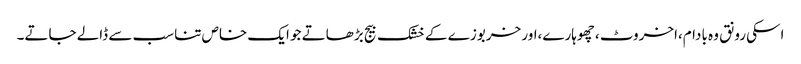
اسکی رونق وہ بادام،اخروٹ ،چھوہارے،اور خربوزے کے خشک بیج بڑھاتے جو ایک خاص تناسب سے ڈالے جاتے۔